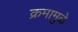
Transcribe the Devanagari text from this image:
क्रमामुळे